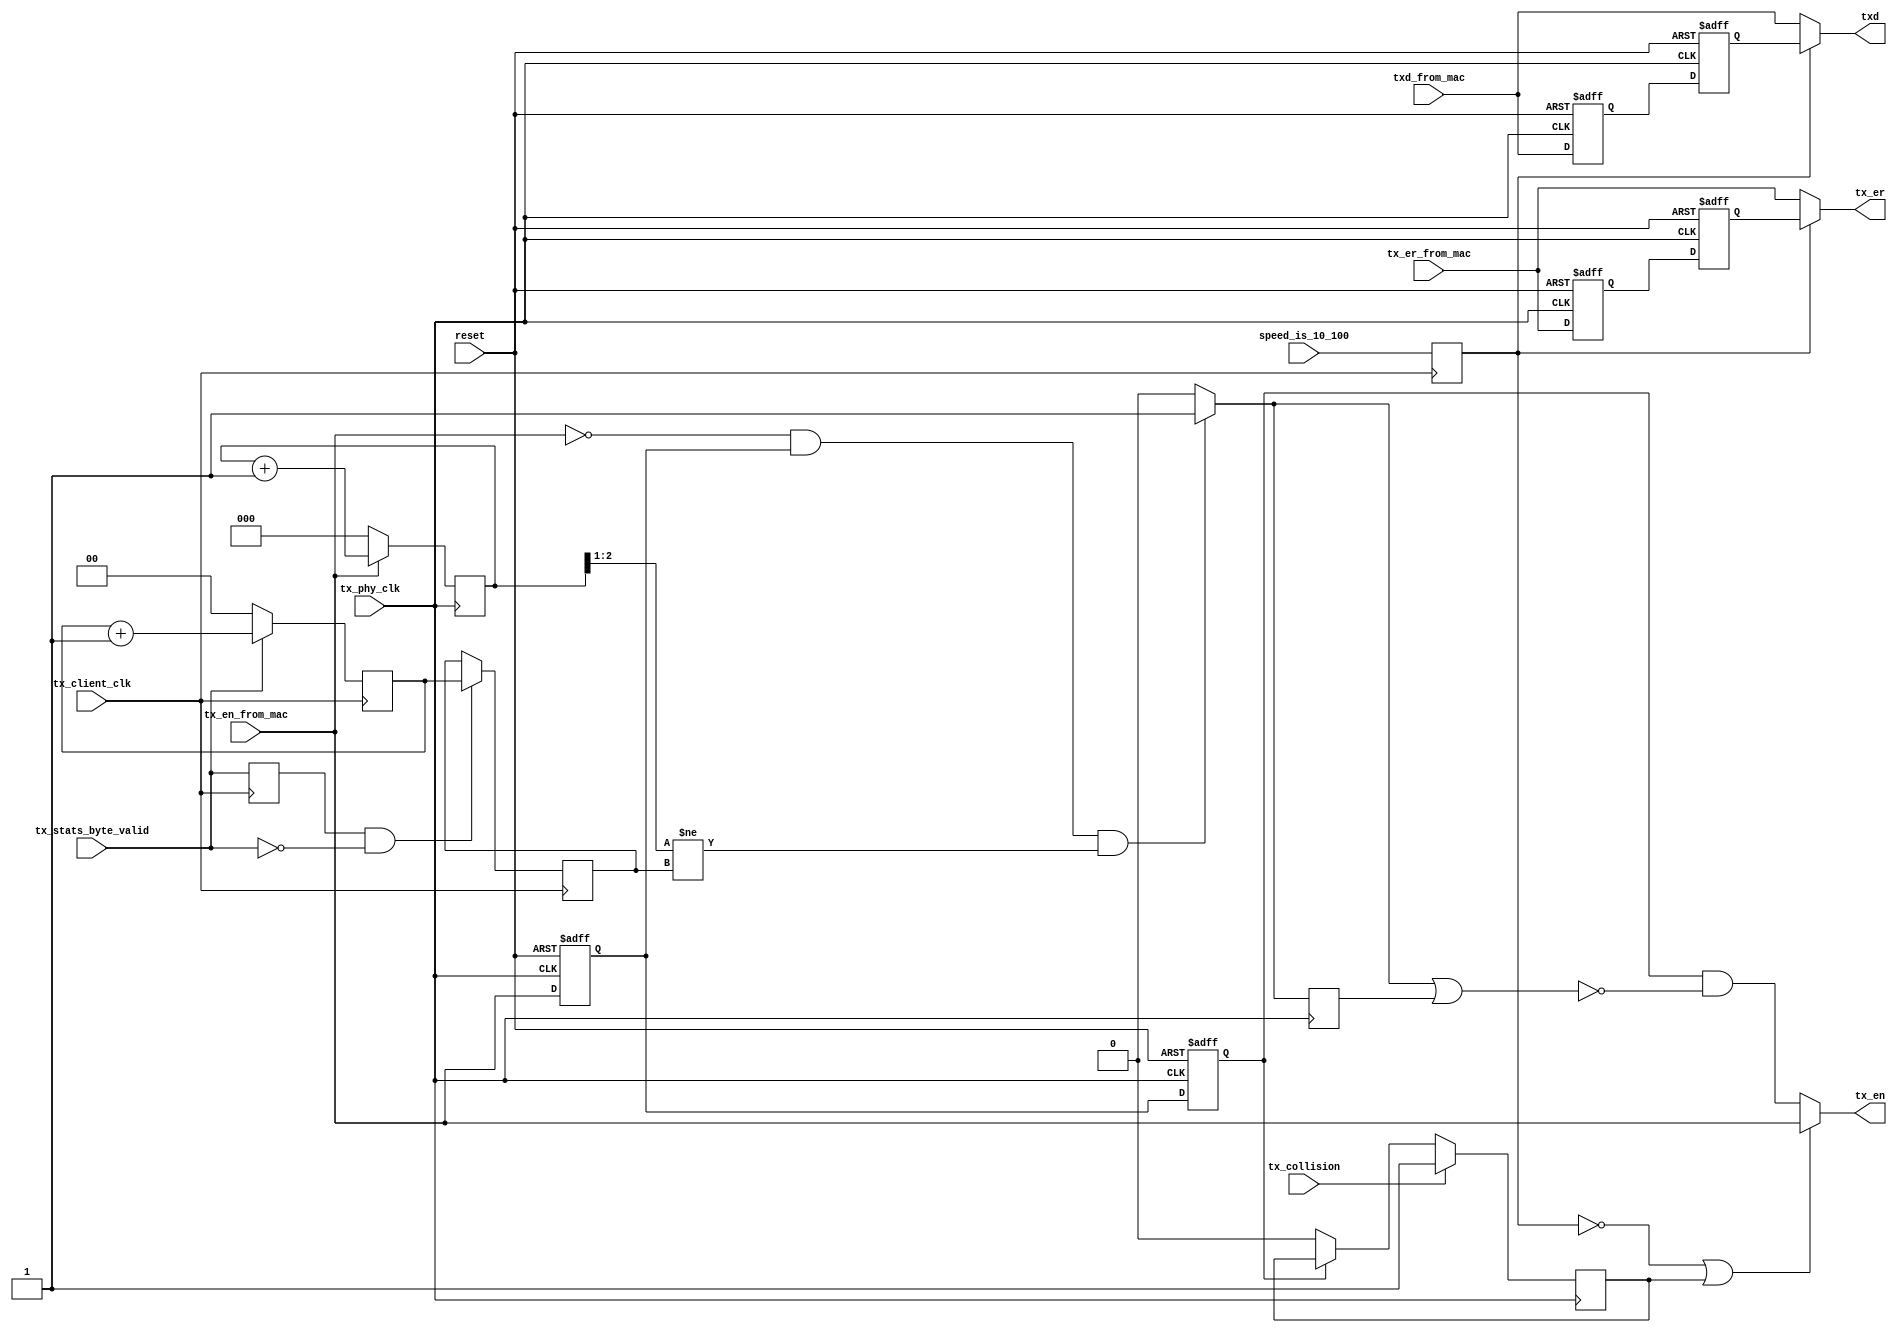
//------------------------------------------------------------------------------
// Title      : FCS Block for the MII Physical Interface
// Project    : Virtex-4 Embedded Tri-Mode Ethernet MAC Wrapper
// Version    : 4.8
//-----------------------------------------------------------------------------
//
// (c) Copyright 2004-2010 Xilinx, Inc. All rights reserved.
//
// This file contains confidential and proprietary information
// of Xilinx, Inc. and is protected under U.S. and
// international copyright and other intellectual property
// laws.
//
// DISCLAIMER
// This disclaimer is not a license and does not grant any
// rights to the materials distributed herewith. Except as
// otherwise provided in a valid license issued to you by
// Xilinx, and to the maximum extent permitted by applicable
// law: (1) THESE MATERIALS ARE MADE AVAILABLE "AS IS" AND
// WITH ALL FAULTS, AND XILINX HEREBY DISCLAIMS ALL WARRANTIES
// AND CONDITIONS, EXPRESS, IMPLIED, OR STATUTORY, INCLUDING
// BUT NOT LIMITED TO WARRANTIES OF MERCHANTABILITY, NON-
// INFRINGEMENT, OR FITNESS FOR ANY PARTICULAR PURPOSE; and
// (2) Xilinx shall not be liable (whether in contract or tort,
// including negligence, or under any other theory of
// liability) for any loss or damage of any kind or nature
// related to, arising under or in connection with these
// materials, including for any direct, or any indirect,
// special, incidental, or consequential loss or damage
// (including loss of data, profits, goodwill, or any type of
// loss or damage suffered as a result of any action brought
// by a third party) even if such damage or loss was
// reasonably foreseeable or Xilinx had been advised of the
// possibility of the same.
//
// CRITICAL APPLICATIONS
// Xilinx products are not designed or intended to be fail-
// safe, or for use in any application requiring fail-safe
// performance, such as life-support or safety devices or
// systems, Class III medical devices, nuclear facilities,
// applications related to the deployment of airbags, or any
// other applications that could lead to death, personal
// injury, or severe property or environmental damage
// (individually and collectively, "Critical
// Applications"). Customer assumes the sole risk and
// liability of any use of Xilinx products in Critical
// Applications, subject only to applicable laws and
// regulations governing limitations on product liability.
//
// THIS COPYRIGHT NOTICE AND DISCLAIMER MUST BE RETAINED AS
// PART OF THIS FILE AT ALL TIMES.
//
//------------------------------------------------------------------------------
// Description: This file assures proper frame transmission by suppressing
//              duplicate FCS bytes should they occur.
//              This file operates with the MII physical interface and the
//              standard clocking scheme only.
//------------------------------------------------------------------------------

`timescale 1 ps / 1 ps

module emac0_fcs_blk_mii (

    // Global signals
    input        reset,

    // PHY-side input signals
    input        tx_phy_clk,
    input  [3:0] txd_from_mac,
    input        tx_en_from_mac,
    input        tx_er_from_mac,

    // Client-side signals
    input        tx_client_clk,
    input        tx_stats_byte_valid,
    input        tx_collision,
    input        speed_is_10_100,

    // PHY outputs
    output [3:0] txd,
    output       tx_en,
    output       tx_er
);

  // Pipeline registers
  reg [3:0] txd_r1;
  reg [3:0] txd_r2;
  reg       tx_en_r1;
  reg       tx_en_r2;
  reg       tx_er_r1;
  reg       tx_er_r2;

  // For detecting frame end
  reg       tx_stats_byte_valid_r;

  // Counters
  reg [2:0] tx_en_count;
  reg [1:0] tx_byte_count;
  reg [1:0] tx_byte_count_r;

  // Suppression control signals
  (* ASYNC_REG = "TRUE" *)
  reg       collision_r;
  wire      tx_en_suppress;
  reg       tx_en_suppress_r;
  (* ASYNC_REG = "TRUE" *)
  reg       speed_is_10_100_r;

  // Create a two-stage pipeline of PHY output signals in preparation for extra
  // FCS byte determination and TX_EN suppression if one is present.
  always @(posedge tx_phy_clk, posedge reset)
  begin
    if (reset == 1'b1)
    begin
      txd_r1   <= 4'b0;
      txd_r2   <= 4'b0;
      tx_en_r1 <= 1'b0;
      tx_en_r2 <= 1'b0;
      tx_er_r1 <= 1'b0;
      tx_er_r2 <= 1'b0;
    end
    else
    begin
      txd_r1   <= txd_from_mac;
      txd_r2   <= txd_r1;
      tx_en_r1 <= tx_en_from_mac;
      tx_en_r2 <= tx_en_r1;
      tx_er_r1 <= tx_er_from_mac;
      tx_er_r2 <= tx_er_r1;
    end
  end

  // On the PHY-side clock, count the number of cycles that TX_EN remains
  // asserted for. Only 3 bits are needed for comparison.
  always @(posedge tx_phy_clk)
  begin
    if (tx_en_from_mac == 1'b1)
      tx_en_count <= tx_en_count + 3'b1;
    else
      tx_en_count <= 3'b0;
  end

  // On the client-side clock, count the number of cycles that the stats byte
  // valid signal remains asserted for. Only 2 bits are needed for comparison.
  always @(posedge tx_client_clk)
  begin
    tx_stats_byte_valid_r <= tx_stats_byte_valid;
    speed_is_10_100_r     <= speed_is_10_100;
    if (tx_stats_byte_valid == 1'b1)
      tx_byte_count <= tx_byte_count + 2'b1;
    else
      tx_byte_count <= 2'b0;
  end

  // Capture the final stats byte valid count for the frame.
  always @(posedge tx_client_clk)
  begin
    if ((tx_stats_byte_valid_r == 1'b1) && (tx_stats_byte_valid == 1'b0))
      tx_byte_count_r <= tx_byte_count;
  end

  // Generate a signal to suppress TX_EN if the two counts don't match.
  // (Both counters will be stable when this comparison happens, so clock
  // domain crossing is not a concern.)
  // Since the standard clocking scheme is in use, the PHY counter is twice the
  // frequency of the client counter, so use bits 2 and 1 to divide it by two.
  assign tx_en_suppress = (((tx_en_from_mac == 1'b0) && (tx_en_r1 == 1'b1)) &&
                            (tx_en_count[2:1] != tx_byte_count_r)) ? 1'b1 : 1'b0;

  // Register the signal as TX_EN needs to be suppressed over two nibbles. Also
  // register tx_collision for use in the suppression logic.
  always @(posedge tx_phy_clk)
  begin
    tx_en_suppress_r <= tx_en_suppress;
    if (tx_collision == 1'b1)
      collision_r <= 1'b1;
    else
    begin
      if (tx_en_r2 == 1'b0)
        collision_r <= 1'b0;
    end
  end

  // Multiplex output signals. When operating at 1 Gbps, bypass this logic
  // entirely. Otherwise, assign TXD and TX_ER to their pipelined outputs.
  // If a collision has occurred, assign TX_EN directly so as to maintain a
  // jam sequence of 32 bits. Suppress TX_EN if an extra FCS byte is present.
  assign txd   =  (speed_is_10_100_r == 1'b0) ? txd_from_mac   : txd_r2;
  assign tx_er =  (speed_is_10_100_r == 1'b0) ? tx_er_from_mac : tx_er_r2;
  assign tx_en = ((speed_is_10_100_r == 1'b0) || (collision_r == 1'b1)) ?
                 tx_en_from_mac : (tx_en_r2 && ~(tx_en_suppress || tx_en_suppress_r));

endmodule